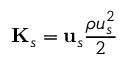
\mathbf { K } _ { s } = \mathbf { u } _ { s } \frac { \rho u _ { s } ^ { 2 } } { 2 }